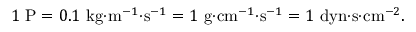
1 ~ { \mathrm { P } } = 0 . 1 ~ { \mathrm { k g } } { \cdot } { \mathrm { m } } ^ { - 1 } { \cdot } { \mathrm { s } } ^ { - 1 } = 1 ~ { \mathrm { g } } { \cdot } { \mathrm { c m } } ^ { - 1 } { \cdot } { \mathrm { s } } ^ { - 1 } = 1 ~ { \mathrm { d y n } } { \cdot } { \mathrm { s } } { \cdot } { \mathrm { c m } } ^ { - 2 } .